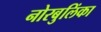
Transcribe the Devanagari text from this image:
नोरबुलिंका